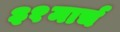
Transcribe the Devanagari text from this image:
३१मार्च